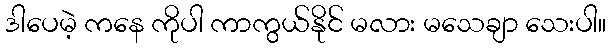
ဒါပေမဲ့ ကနေ ကိုပါ ကာကွယ်နိုင် မလား မသေချာ သေးပါ။